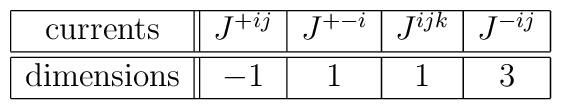
\begin{array}{|c||c|c|c|c|}\hline\mbox{currents} &J^{+ij}&J^{+-i}& J^{ijk} & J^{-ij}   \\\hline\hline\mbox{dimensions}& -1 & 1 & 1 &  3 \\\hline\end{array}